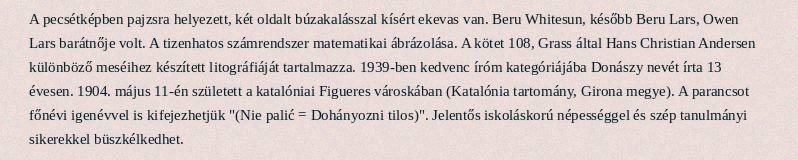
A pecsétképben pajzsra helyezett, két oldalt búzakalásszal kísért ekevas van. Beru Whitesun, később Beru Lars, Owen Lars barátnője volt. A tizenhatos számrendszer matematikai ábrázolása. A kötet 108, Grass által Hans Christian Andersen különböző meséihez készített litográfiáját tartalmazza. 1939-ben kedvenc íróm kategóriájába Donászy nevét írta 13 évesen. 1904. május 11-én született a katalóniai Figueres városkában (Katalónia tartomány, Girona megye). A parancsot főnévi igenévvel is kifejezhetjük "(Nie palić = Dohányozni tilos)". Jelentős iskoláskorú népességgel és szép tanulmányi sikerekkel büszkélkedhet.